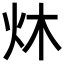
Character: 炑